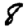
Digit: 8